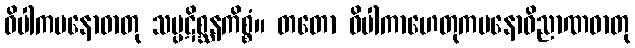
ဝိပါကမနောဓာတု သမ္ပဋိစ္ဆနကိစ္စံ။ တတော ဝိပါကာဟေတုကမနောဝိညာဏဓာတု